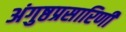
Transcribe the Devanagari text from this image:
अंगुष्ठप्रसारिणी